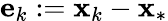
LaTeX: \mathbf{e}_{k}:=\mathbf{x}_{k}-\mathbf{x}_{*}